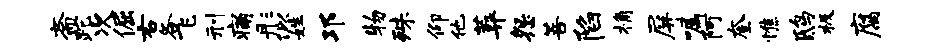
斋跎次倔右各飞刑痛彤似姓邛物殊仰他葬怨菩陷桷屏嘱阿奎憔鸱极腐